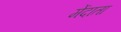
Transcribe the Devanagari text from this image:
मेंदाता